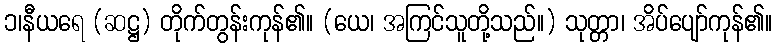
၁၊နီယရေ (ဆဋ္ဌ) တိုက်တွန်းကုန်၏။ (ယေ၊ အကြင်သူတို့သည်။) သုတ္တာ၊ အိပ်ပျော်ကုန်၏။